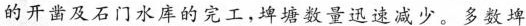
的开凿及石门水库的完工，埤塘数量迅速减少。多数埤